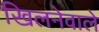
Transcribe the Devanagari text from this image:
खिलनेवाले